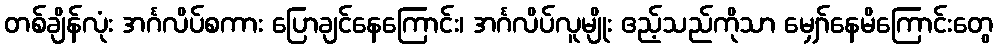
တစ်ချိန်လုံး အင်္ဂလိပ်စကား ပြောချင်နေကြောင်း၊ အင်္ဂလိပ်လူမျိုး ဧည့်သည်ကိုသာ မျှော်နေမိကြောင်းတွေ